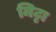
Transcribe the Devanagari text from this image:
मिट्टा